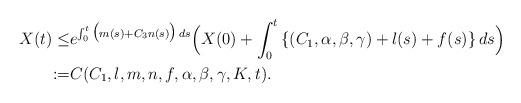
LaTeX: \begin{align*}X(t) \leq& e^{\int_{0}^{t}{\big(m(s)+ C_{3} n(s)\big)\,ds}}\Big(X(0)+\int_{0}^{t}{\{(C_{1},\alpha,\beta,\gamma)+l(s)+f(s)\}\,ds}\Big)\\:=&C(C_{1},l,m,n,f,\alpha,\beta,\gamma,K,t).\end{align*}